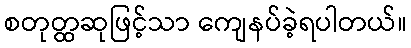
စတုတ္ထဆုဖြင့်သာ ကျေနပ်ခဲ့ရပါတယ်။